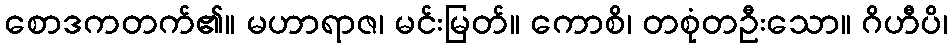
စောဒကတက်၏။ မဟာရာဇ၊ မင်းမြတ်။ ကောစိ၊ တစုံတဦးသော။ ဂိဟီပိ၊